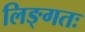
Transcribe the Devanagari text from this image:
लिङ्गतः